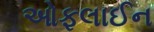
ઓફલાઈન